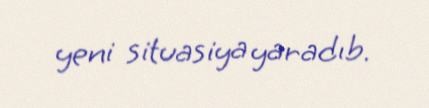
yeni situasiya yaradıb.